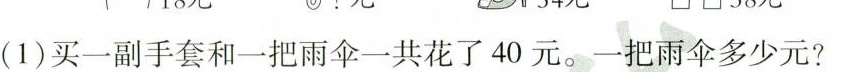
(1)买一副手套和一把雨伞一共花了40元。一把雨伞多少元?